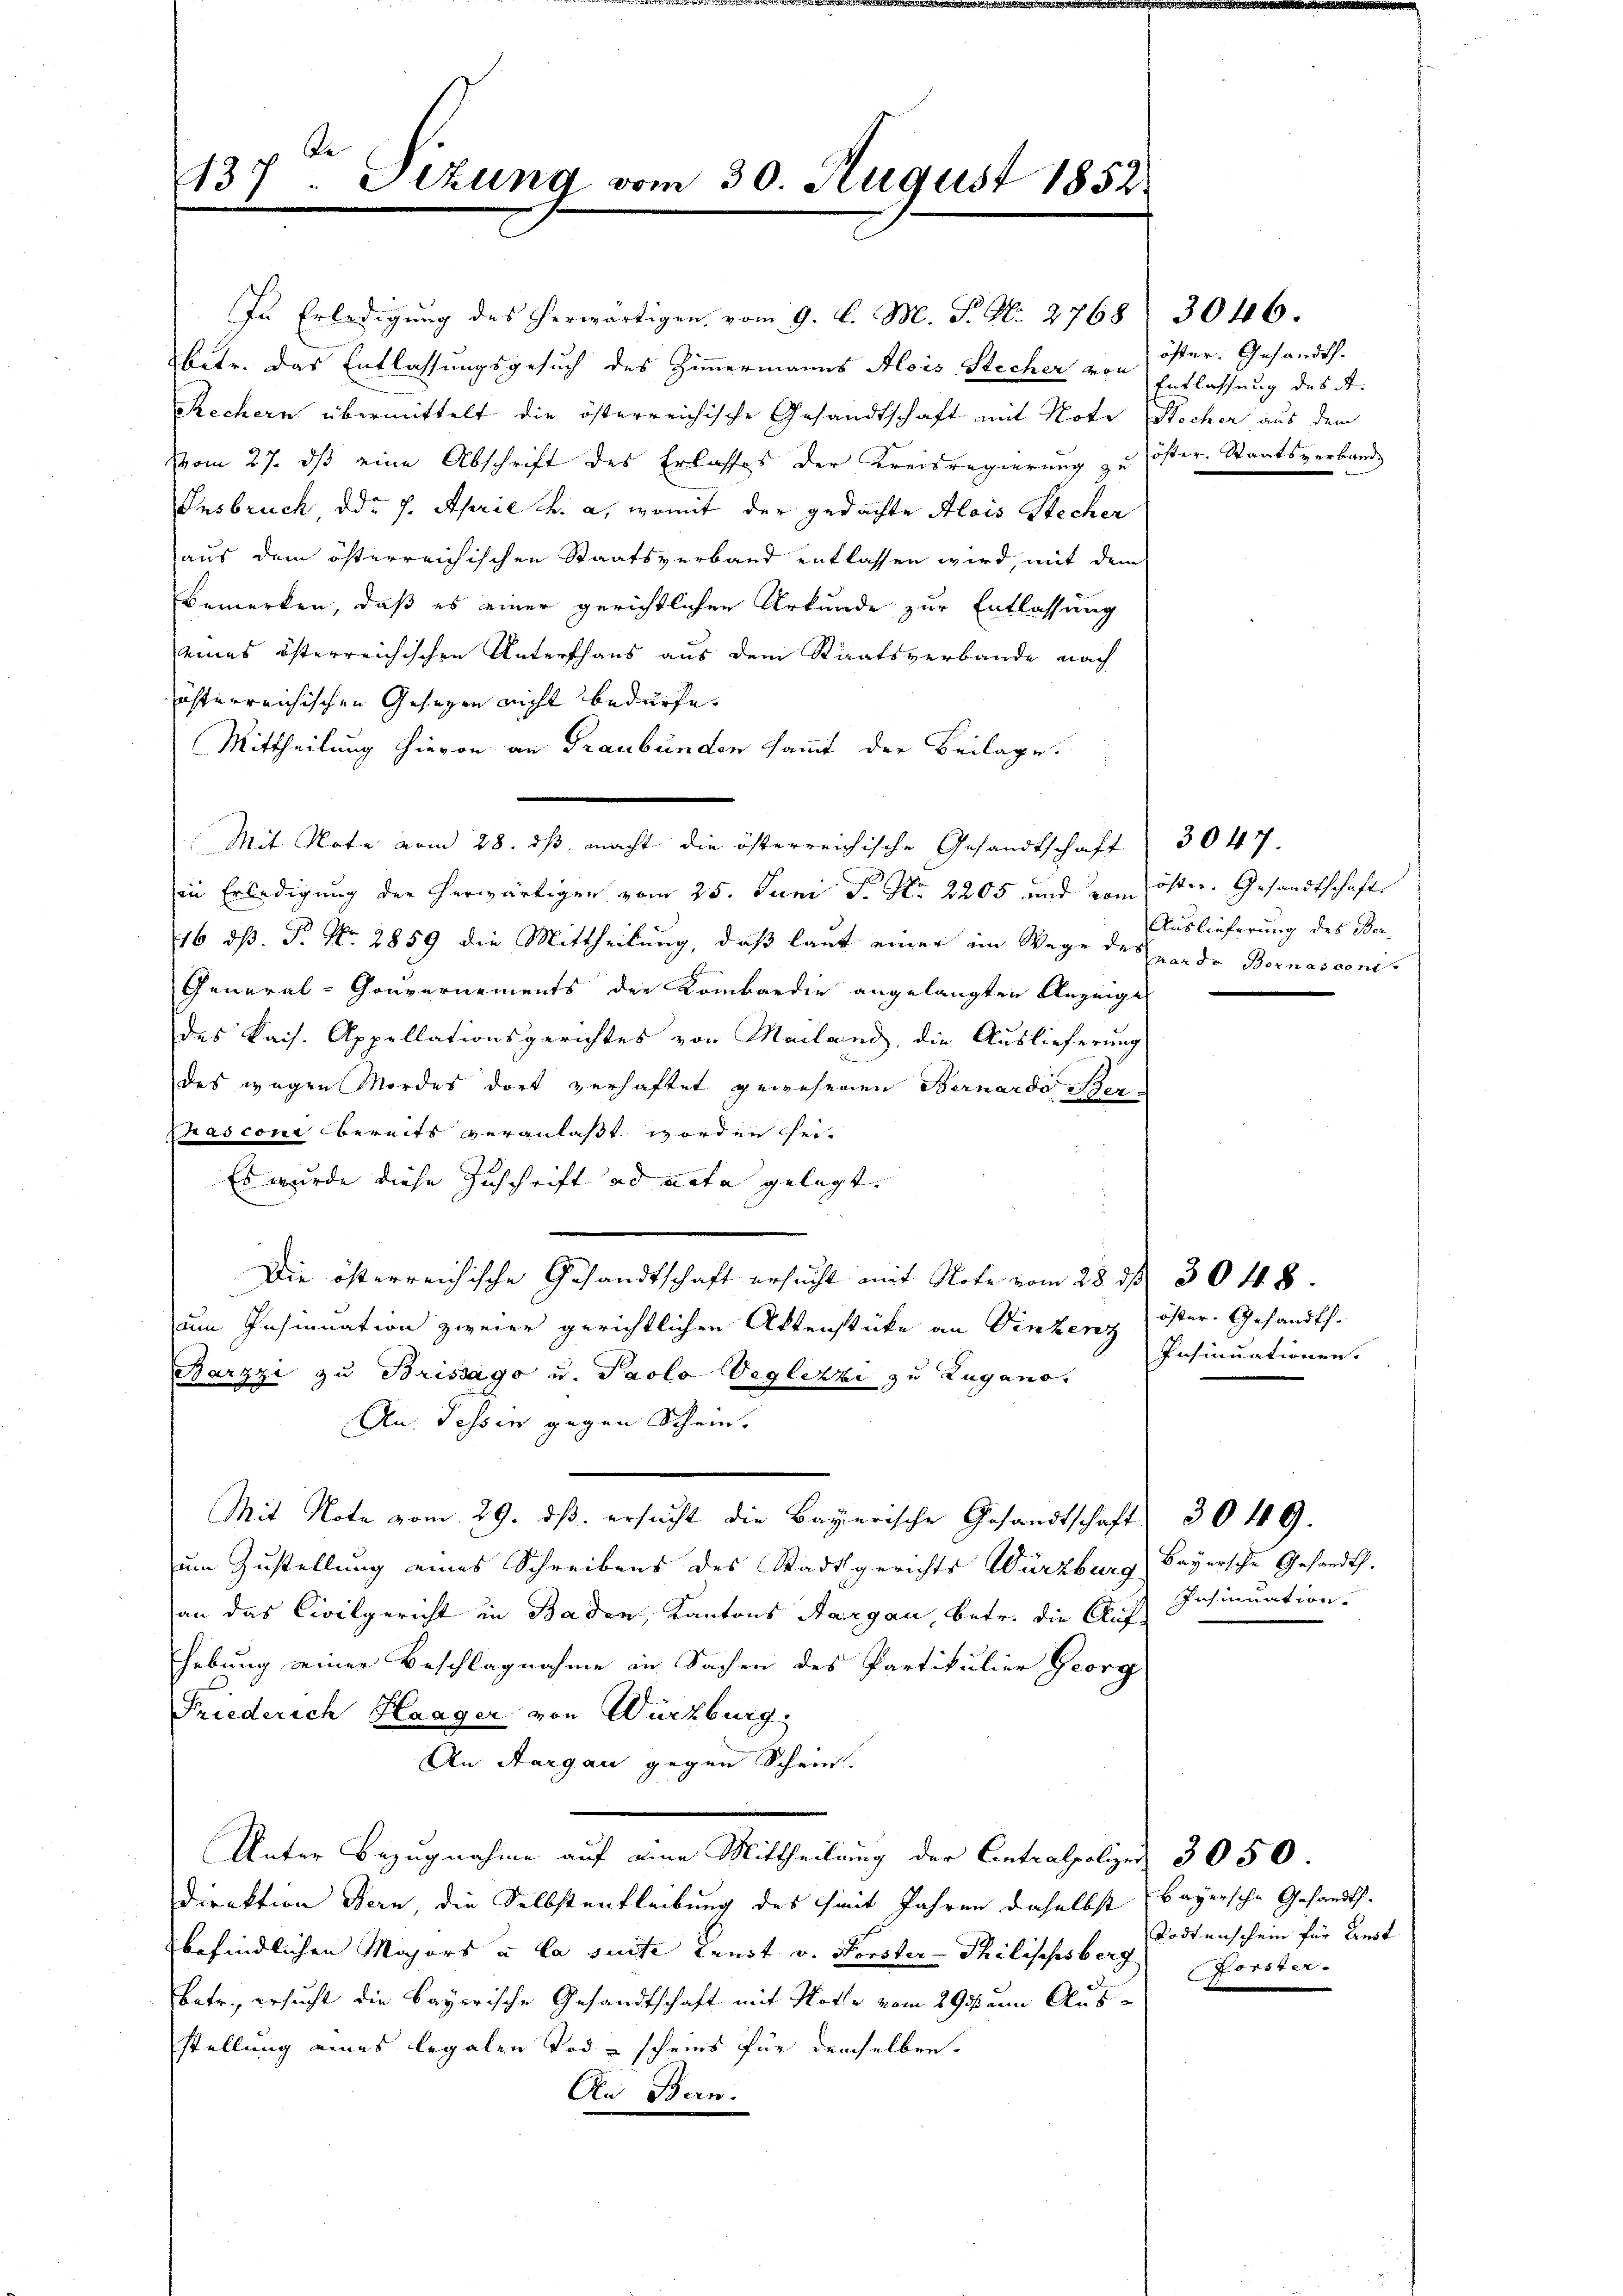
137. Sizung vom 30. August 1852.

Rechern übermittelt die österreichische Gesandtschaft mit Note Stocher aus dem
Vom 27. ds eine Abschrift des Erlasses der Kreisregierung zu öster. Staatsverband
Insbruch, ddr 7. April h. a, womit der gedachte Alois Stecher
aus dem österreichischen Staatsverband entlassen wird, mit dem
Bemerken, daß es einer gerichtlichen Urkunde zur Entlassung
eines österreichischen Unterschaus aus dem Staatsverbande nach
österreichischen Gesezen nicht bedürfe.
Mittheilung hievon an Graubünden sammt der Beilage.
Mit Note vom 28. ds, macht die österreichische Gesandtschaft
in Erledigung der herwärtigen vom 25. Juni J. No. 2205 und vom öster. Gesandtschafts
16 dß. P. Nr. 2859 die Mittheilung, daß laut einer im Wege des par de Bornasconi¬
General-Gouvernements der Kombardie angelangten Anzeige
des Kais. Appellationsgerichtes von Mailand, die Auslieferung
des wegen Mordes dort zerhaftet gewesenen Bernardo der
Chasconi bereits veranlaßt worden sei.
Es wurde diese Zuschrift ad acta gelegt.
Die österreichische Gesandtschaft ersucht mit Note vom 28 d. 3048.
um Insinuation zweier gerichtlichen Aktenstücke an Vinzenz
Barzzi zu Brissago u. Paolo Viglezzi zu Lugano.
An. Tessin gegen Schein.
Mit Note vom 29. ds. ersucht die Bayerische Gesandtschaft 3049.
zum Zustellung eines Schreibens des Stadtgerichts Würzburg Bayersche Gesandt.
an das Civilgericht in Baden, Kantons Aargau, betr. die Aufhebung seiner Beschlagnahme in Sachen des Partikulier Georg
Friederich Haager von Würzburg
An Aargau gegen Schein.
Unter Bezugnahme auf eine Mittheilung der Centralpolizei 3050.
Direktion Bern die Selbstenfleibung des seit Jahren daselbst bayersche Gesandtsbefindlichen Majors u. la suite Kunst v. Forster-Thilischesberg
Batr., ersucht die Bayerische Gesandtschaft mit Note vom 29sten Ausstellung eines legalen Tod scheins für demselben.
An Bern.

In Erledigung des herwärtigen vom 9. d. M. P. N. 2768
betr. Das Entlassungsgesuch des Zimmermanns Alois Stecher von Entlassung des A.

öster. Gesandth.

3046.

3047.
Auslieferung des Ber¬

öster. Gesandts¬
Insinuationen.

Insinuation

Todtenschein für Einst
Forster.